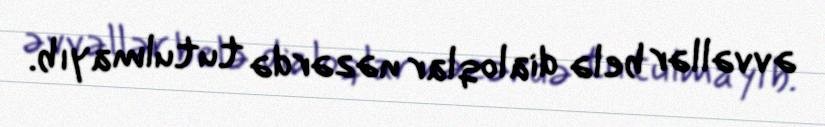
əvvəllər belə dialoqlar nəzərdə tutulmayıb.